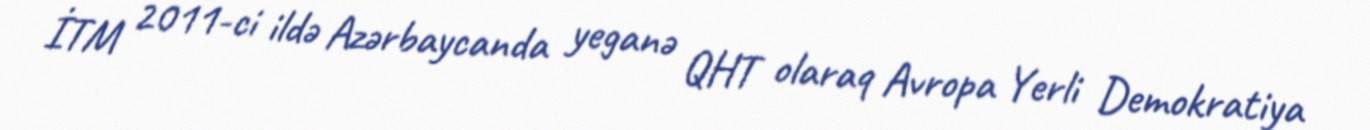
İTM 2011-ci ildə Azərbaycanda yeganə QHT olaraq Avropa Yerli Demokratiya